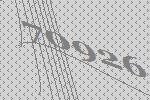
70926